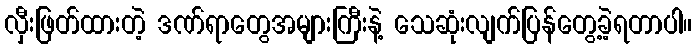
လှီးဖြတ်ထားတဲ့ ဒဏ်ရာတွေအများကြီးနဲ့ သေဆုံးလျက်ပြန်တွေ့ခဲ့ရတာပါ။